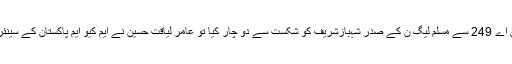
پی ٹی آئی کے امیدوارفیصل واوڈا نے این اے 249 سے مسلم لیگ ن کے صدر شہبازشریف کو شکست سے دو چار کیا تو عامر لیاقت حسین نے ایم کیو ایم پاکستان کے سینئر رہنما ڈاکٹر فاروق ستار کو شکست دی۔